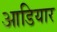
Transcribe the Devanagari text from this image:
आडियार